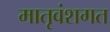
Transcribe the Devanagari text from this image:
मातृवंशगत